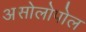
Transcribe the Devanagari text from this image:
असोलोपोल